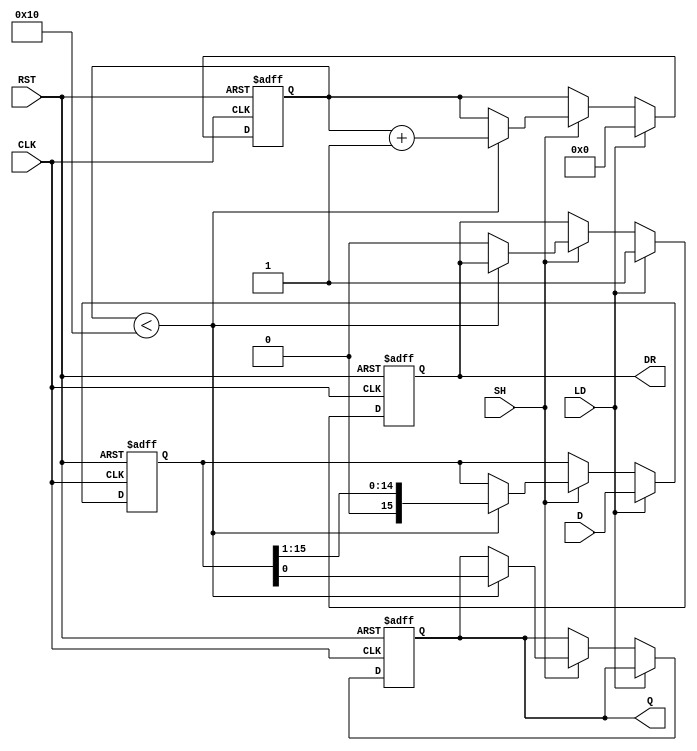
module PISO_Register (
    input wire [15:0] D,      // Parallel Data Input
    input wire LD,            // Load Control Signal
    input wire SH,            // Shift Control Signal
    input wire CLK,           // Clock Signal
    input wire RST,           // Reset Signal
    output reg Q,             // Serial Output
    output reg DR             // Data Ready Output
);

    reg [15:0] shift_reg;     // Shift Register to hold the 16-bit data
    reg [4:0] shift_count;    // Counter to keep track of shifts

    always @(posedge CLK or posedge RST) begin
        if (RST) begin
            shift_reg <= 16'b0;  // Clear the shift register
            Q <= 1'b0;           // Clear the serial output
            DR <= 1'b0;          // Clear Data Ready signal
            shift_count <= 5'b0; // Reset shift count
        end else begin
            if (LD) begin
                shift_reg <= D;   // Load data into shift register
                DR <= 1'b1;       // Set Data Ready signal
                shift_count <= 5'b0; // Reset shift count
            end else if (SH) begin
                if (shift_count < 16) begin
                    Q <= shift_reg[0]; // Output the LSB
                    shift_reg <= shift_reg >> 1; // Shift right
                    shift_count <= shift_count + 1; // Increment shift count
                end else begin
                    DR <= 1'b0; // Clear Data Ready signal after all bits shifted
                end
            end
        end
    end

endmodule